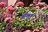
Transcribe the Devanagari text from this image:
ममड